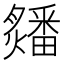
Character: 㸋